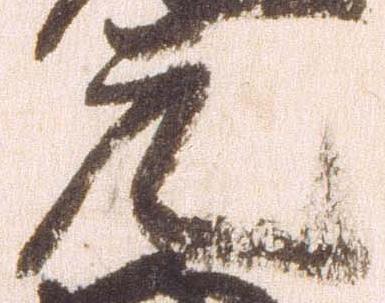
元